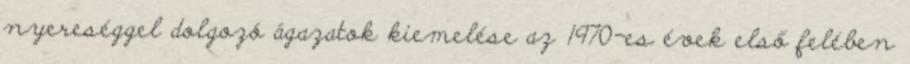
nyereséggel dolgozó ágazatok kiemelése az 1970-es évek első felében